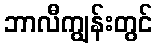
ဘာလီကျွန်းတွင်